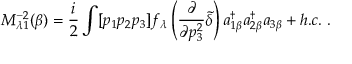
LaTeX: M _ { \lambda 1 } ^ { - 2 } ( \beta ) = \frac { i } { 2 } \int [ p _ { 1 } p _ { 2 } p _ { 3 } ] f _ { \lambda } \left( \frac { \partial } { \partial p _ { 3 } ^ { 2 } } \tilde { \delta } \right) a _ { 1 \beta } ^ { \dagger } a _ { 2 \beta } ^ { \dagger } a _ { 3 \beta } + h . c . \; .